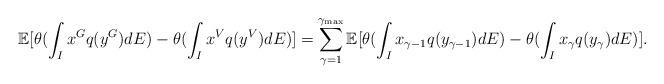
LaTeX: \begin{align*} \mathbb{E}[\theta(\int_I x^G q(y^G)dE)-\theta(\int_I x^V q(y^V)dE)]=\sum_{\gamma=1}^{\gamma_{\max}}\mathbb{E}[\theta(\int_I x_{\gamma-1} q(y_{\gamma-1})dE)-\theta(\int_I x_{\gamma} q(y_{\gamma})dE)].\end{align*}